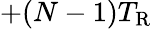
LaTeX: +(N-1)T_{\mathrm{R}}